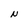
Character: N